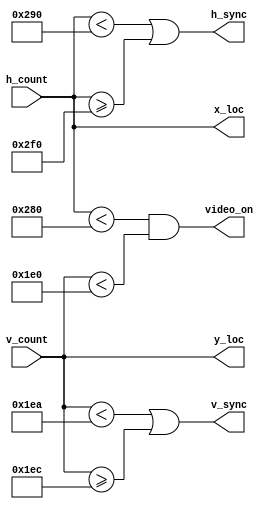
// Code your design here
module vga_sync(
  input [9:0] h_count, 
  input [9:0] v_count,
  output h_sync, 
  output v_sync, 
  output video_on,
  output [9:0] x_loc,
  output [9:0] y_loc
);
  //Horizontal Sync
  localparam HD = 640;
  localparam HF = 16;
  localparam HB = 48;
  localparam HR = 96;
  
  //Vertical Sync
  localparam VD = 480;
  localparam VF = 10;
  localparam VB = 33;
  localparam VR = 2;
  
  assign x_loc = h_count;
  assign y_loc = v_count;
  
  assign h_sync = (h_count< HD + HF) | (h_count >= HD+HF+HR);
  assign v_sync = (v_count< VD + VF) | (v_count >= VD+VF+VR);
  assign video_on = (h_count < (HD)) && (v_count < VD);
  
endmodule